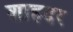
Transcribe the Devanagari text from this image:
शाहदर